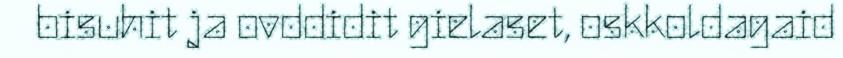
bisuhit ja ovddidit gielaset, oskkoldagaid